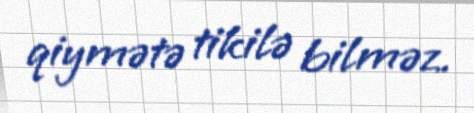
qiymətə tikilə bilməz.